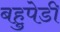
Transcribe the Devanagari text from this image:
बहुपेडी